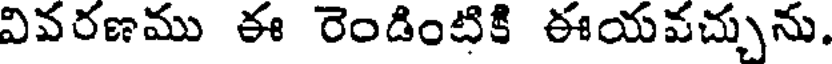
వివరణము ఈ రెండింటికి ఈయవచ్చును.